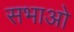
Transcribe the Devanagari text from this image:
सभाओ